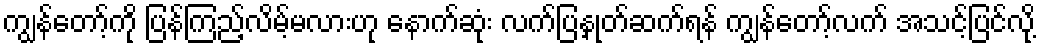
ကျွန်တော့်ကို ပြန်ကြည့်လိမ့်မလားဟု နောက်ဆုံး လက်ပြနှုတ်ဆက်ရန် ကျွန်တော့်လက် အသင့်ပြင်လို့